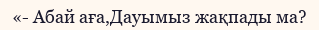
«- Абай аға,Дауымыз жақпады ма?